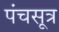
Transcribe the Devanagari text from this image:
पंचसूत्र